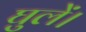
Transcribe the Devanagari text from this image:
घुलें।